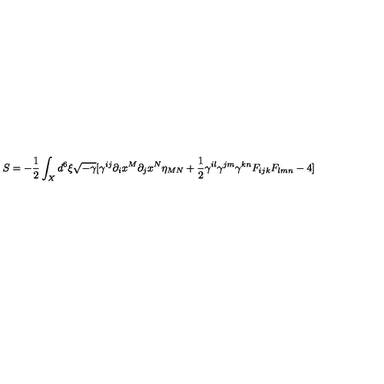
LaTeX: S = - \frac { 1 } { 2 } \int _ { X } d ^ { 6 } \xi \sqrt { - \gamma } [ \gamma ^ { i j } \partial _ { i } x ^ { M } \partial _ { j } x ^ { N } \eta _ { M N } + \frac { 1 } { 2 } \gamma ^ { i l } \gamma ^ { j m } \gamma ^ { k n } F _ { i j k } F _ { l m n } - 4 ]